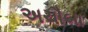
અચૌબા